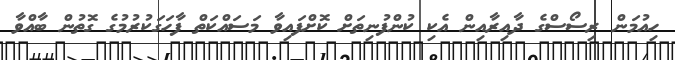
ހިއުމަން ރިސޯސްގެ ދާއިރާއިން އެކި ކުންފުނިތަށް ކޮށްފައިވާ މަސައްކަތް ފާހަގަކުރުމުގެ ގޮތުން ބާއްވާ